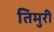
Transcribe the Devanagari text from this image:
तिमुरी